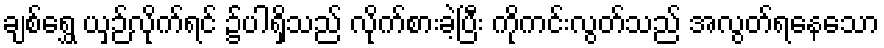
ချစ်ရွှေ ယှဉ်လိုက်ရင် ၌ပါရှိသည် လိုက်စားခဲ့ပြီး ကိုကင်းလွတ်သည် အလွတ်ရနေသော